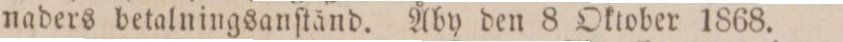
naders betalningsanſtånd. Åby den 8 Oktober 1868.